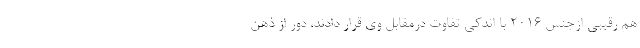
هم رقیبی ازجنس 2016 با اندکی تفاوت درمقابل وی قرار دادند، دور از ذهن